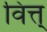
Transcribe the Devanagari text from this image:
वित्त्